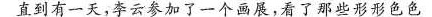
直到有一天，李云参加了一个画展，看了那些形形色色